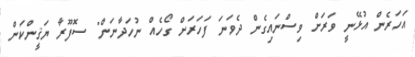
އަހަރެން އުޅޭނީ ވަރަށް ވިސްނައިގެން ދެވަނަ ފަހަރަށް ގޯހެއް ނުހަދާނަން" ސޮފޫރާ ޔަޤީންކަން